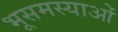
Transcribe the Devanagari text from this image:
भूसमस्याओं